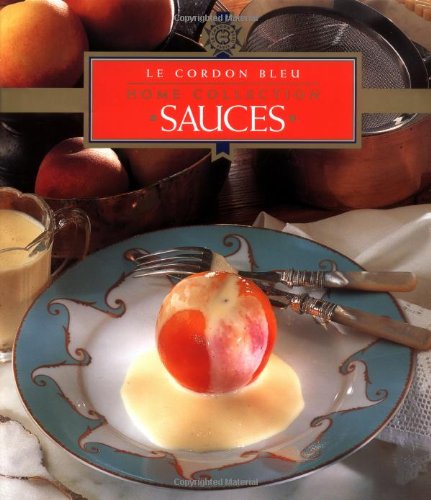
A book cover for Sauces (Sauces Vol. 7); Le Cordon Bleu Chefs; Cookbooks, Food & Wine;